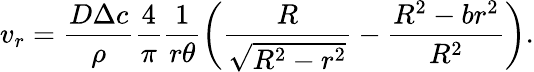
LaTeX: v_{r}=\frac{D\Delta c}{\rho}\frac{4}{\pi}\frac{1}{r\theta}\left(\frac{R}{\sqrt{R^{2}-r^{2}}}-\frac{R^{2}-br^{2}}{R^{2}}\right).